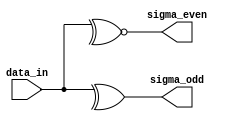
// Version:     1
// Description: 9-bit odd/even parity generator/checker

`timescale 1 ns/100 ps
module hc280(data_in, sigma_even, sigma_odd);
	input [8:0] data_in;
	output sigma_even, sigma_odd;
	reg sigma_even, sigma_odd;

	// Typical propagation delays at 25C, 4.5V for 74HC280
	specify
		(data_in *> sigma_even, sigma_odd) = (20,23);
	endspecify

	// On change of data_in, find parity bits
	always @(data_in) begin
		sigma_even = ~^data_in;
		sigma_odd = ^data_in;
	end
endmodule